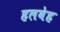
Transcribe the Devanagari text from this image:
हलवेह